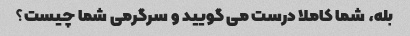
بله، شما کاملا درست می گویید و سرگرمی شما چیست؟